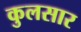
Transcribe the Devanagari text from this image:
कुलसार